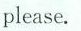
please.